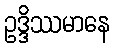
ဥဒ္ဒိဿမာနေ